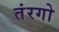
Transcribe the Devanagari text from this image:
तंरगो